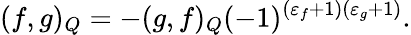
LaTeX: (f,g)_{Q}=-(g,f)_{Q}(-1)^{(\varepsilon_{f}+1)(\varepsilon_{g}+1)}.